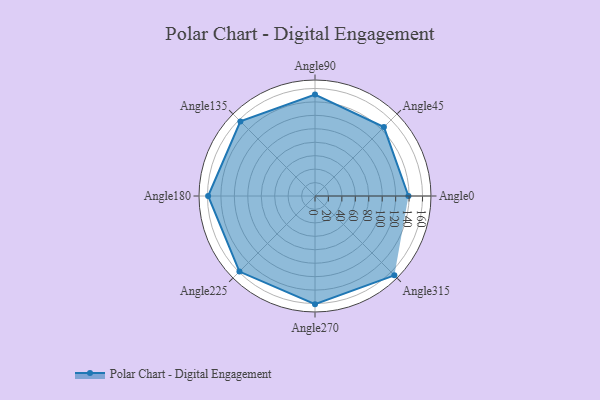
{"axis": {"x": "Angle", "y": "Radius"}, "legend": [""], "data": [{"x": "Angle0", "y": 139.0, "type": ""}, {"x": "Angle45", "y": 145.0, "type": ""}, {"x": "Angle90", "y": 151.0, "type": ""}, {"x": "Angle135", "y": 157.0, "type": ""}, {"x": "Angle180", "y": 159.0, "type": ""}, {"x": "Angle225", "y": 159.0, "type": ""}, {"x": "Angle270", "y": 161.0, "type": ""}, {"x": "Angle315", "y": 167.0, "type": ""}]}